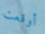
أوقعت